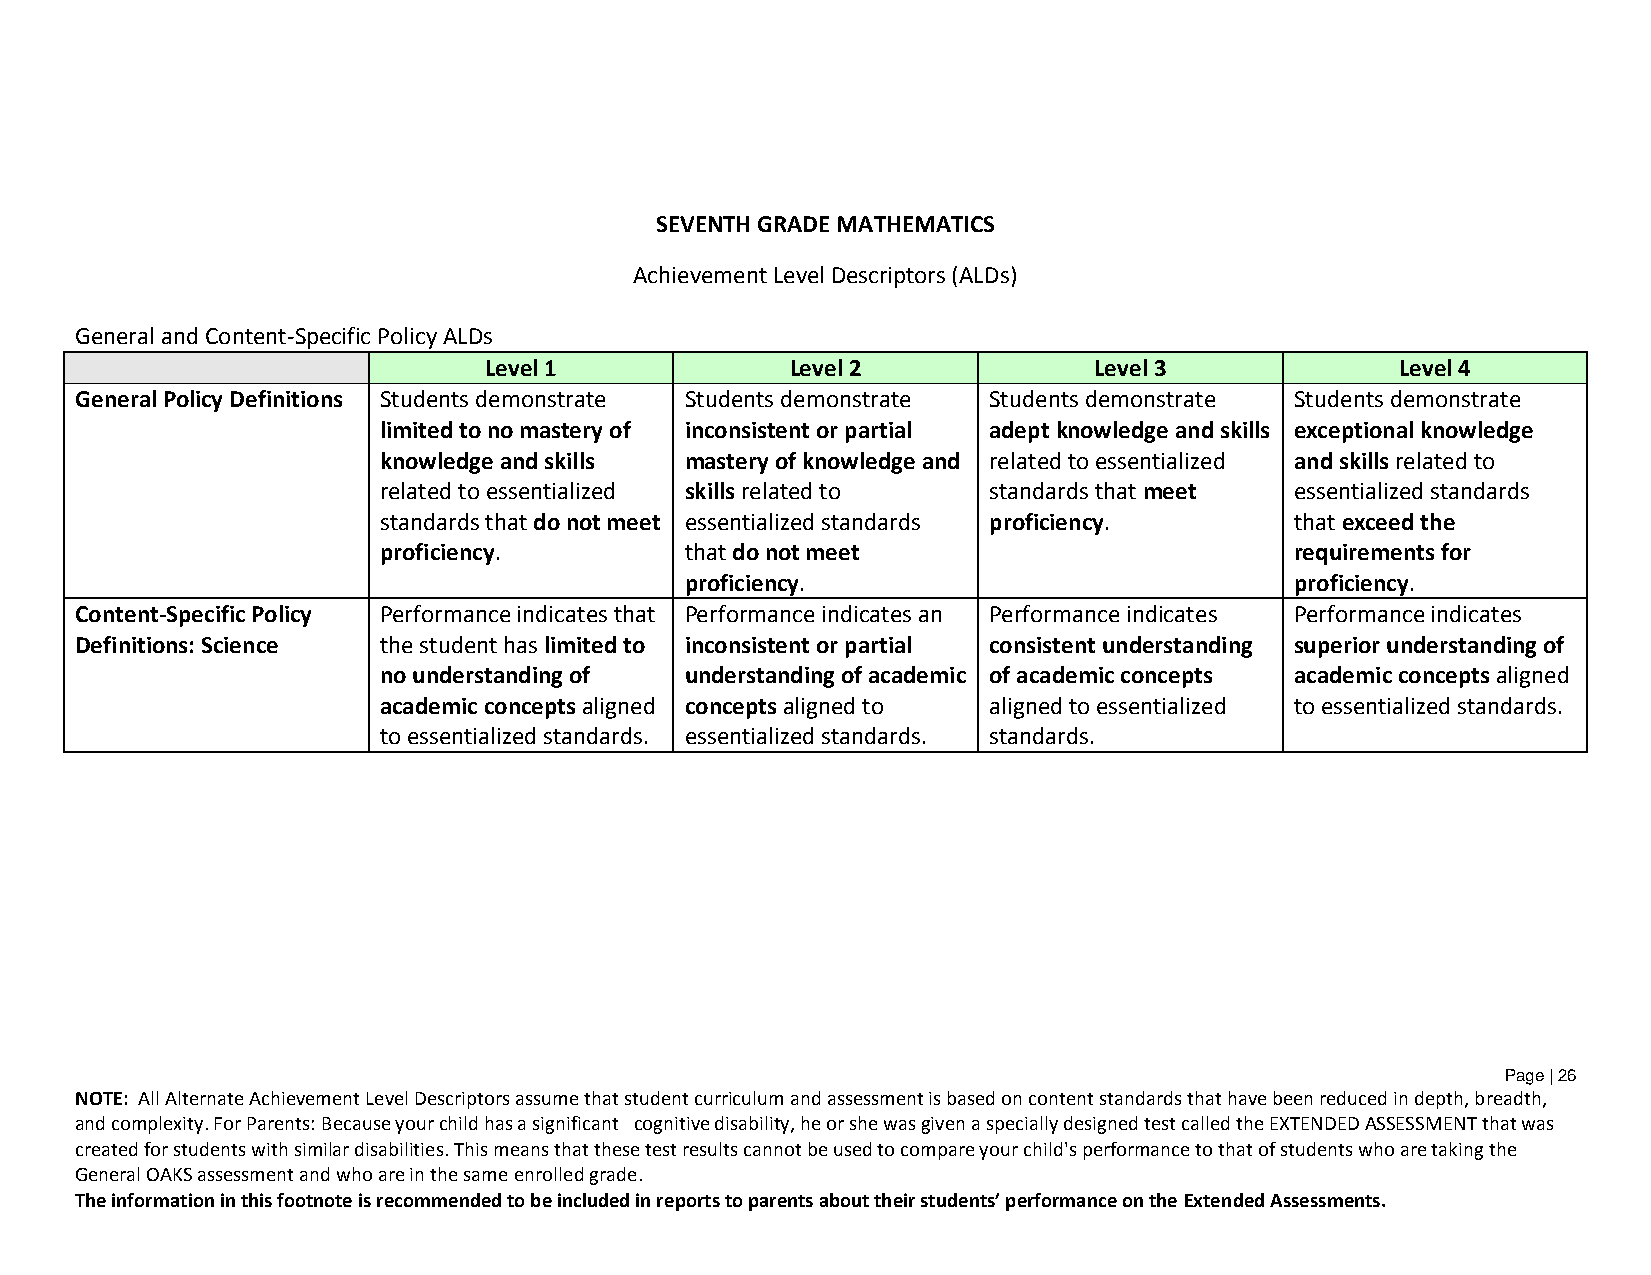
SEVENTH GRADE MATHEMATICS
 Achievement Level Descriptors (ALDs)
 General and Content-Specific Policy ALDs
 Level 1             Level 2             Level 3              Level 4
 General Policy Definitions Students demonstrate Students demonstrate Students demonstrate Students demonstrate
 limited to no mastery of inconsistent or partial adept knowledge and skills exceptional knowledge
 knowledge and skills mastery of knowledge and related to essentialized and skills related to
 related to essentialized skills related to standards that meet essentialized standards
 standards that do not meet essentialized standards proficiency. that exceed the
 proficiency.        that do not meet                         requirements for
 proficiency.                             proficiency.
 Content-Specific Policy Performance indicates that Performance indicates an Performance indicates Performance indicates
 Definitions: Science the student has limited to inconsistent or partial consistent understanding superior understanding of
 no understanding of understanding of academic of academic concepts academic concepts aligned
 academic concepts aligned concepts aligned to aligned to essentialized to essentialized standards.
 to essentialized standards. essentialized standards. standards.
 Page | 26
 NOTE: All Alternate Achievement Level Descriptors assume that student curriculum and assessment is based on content standards that have been reduced in depth, breadth,
 and complexity. For Parents: Because your child has a significant cognitive disability, he or she was given a specially designed test called the EXTENDED ASSESSMENT that was
 created for students with similar disabilities. This means that these test results cannot be used to compare your child's performance to that of students who are taking the
 General OAKS assessment and who are in the same enrolled grade.
 The information in this footnote is recommended to be included in reports to parents about their students’ performance on the Extended Assessments.